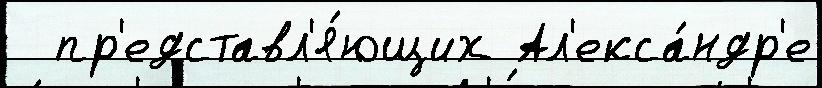
  пр'едставл'я́ющих Ал'екса́ндр'е